Report of the Indian Hemp Drugs Commission, 1894-1895 - Volume VI
Year: 1894
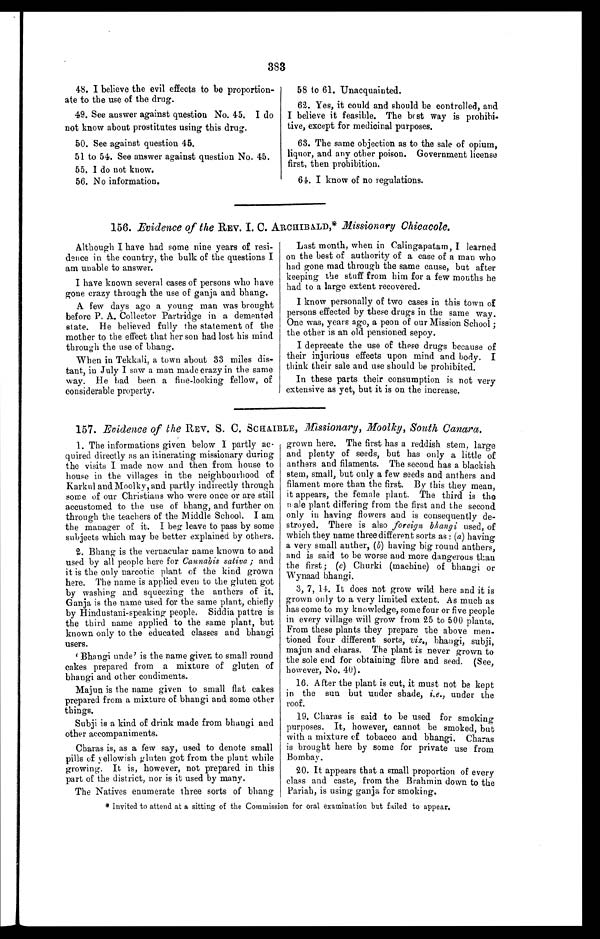
383
48. I believe the evil effects to be proportion-
ate to the use of the drug.
49. See answer against question No. 45. I do
not know about prostitutes using this drug.
50. See against question 45.
51 to 54. See answer against question No. 45.
55. I do not know.
56. No information.
58 to 61. Unacquainted.
62. Yes, it could and should be controlled, and
I believe it feasible. The best way is prohibi-
tive, except for medicinal purposes.
63. The same objection as to the sale of opium,
liquor, and any other poison. Government license
first, then prohibition.
61. I know of no regulations.
156. Evidence of the REV. I. C. ARCHIBALD, * Missionary Chicacole .
Although I have had some nine years of resi-
dence in the country, the bulk of the questions I
am unable to answer.
I have known several cases of persons who have
gone crazy through the use of ganja and bhang.
A few days ago a young man was brought
before P. A. Collector Partridge in a demented
state. He believed fully the statement of the
mother to the effect that her son had lost his mind
through the use of bhang.
When in Tekkali, a town about 33 miles dis-
tant, in July I saw a man made crazy in the same
way. He had been a fine-looking fellow, of
considerable property.
Last month, when in Calingapatam, I learned
on the best of authority of a case of a man who
had gone mad through the same cause, but after
keeping the stuff from him for a few months he
had to a large extent recovered.
I know personally of two cases in this town of
persons effected by these drugs in the same way.
One was, years ago, a peon of our Mission School ;
the other is an old pensioned sepoy.
I deprecate the use of these drugs because of
their injurious effects upon mind and body. I
think their sale and use should be prohibited.
In these parts their consumption is not very
extensive as yet, but it is on the increase.
157. Evidence of the REV. S. C. SCHAIBLE, Missionary, Moolky, South Canara.
1. The informations given below I partly ac-
quired directly as an itinerating missionary during
the visits I made now and then from house to
house in the villages in the neighbourhood of
Karkul and Moolky, and partly indirectly through
some of our Christians who were once or are still
accustomed to the use of bhang, and further on
through the teachers of the Middle School. I am
the manager of it. I beg leave to pass by some
subjects which may be better explained by others.
2. Bhang is the vernacular name known to and
used by all people here for Cannabis sativa ; and
it is the only narcotic plant of the kind grown
here. The name is applied even to the gluten got
by washing and squeezing the anthers of it.
Ganja is the name used for the same plant, chiefly
by Hindustani-speaking people. Siddia pattre is
the third name applied to the same plant, but
known only to the educated classes and bhangi
users.
'Bhangi unde' is the name given to small round
cakes prepared from a mixture of gluten of
bhangi and other condiments.
Majun is the name given to small flat cakes
prepared from a mixture of bhangi and some other
things.
Subji is a kind of drink made from bhangi and
other accompaniments.
Charas is, as a few say, used to denote small
pills of yellowish gluten got from the plant while
growing. It is, however, not prepared in this
part of the district, nor is it used by many.
The Natives enumerate three sorts of bhang
grown here. The first has a reddish stern, large
and plenty of seeds, but has only a little of
anthers and filaments. The second has a blackish
stem, small, but only a few seeds and anthers and
filament more than the first. By this they mean,
it appears, the female plant. The third is the
male plant differing from the first and the second
only in having flowers and is consequently de-
stroyed. There is also foreign bhangi used, of
which they name three different sorts as : ( a ) having
a very small anther, ( b) having big round anthers,
and is said to be worse and more dangerous than
the first; (c) Churki (machine) of bhangi or
Wynaad bhangi.
3, 7, 14. It does not grow wild here and it is
grown only to a very limited extent. As much as
has come to my knowledge, some four or five people
in every village will grow from 25 to 500 plants.
From these plants they prepare the above men-
tioned four different sorts, viz.,
subji,
majun and charas. The plant is never grown to
the sole end for obtaining fibre and seed. (See,
however, No. 40).
16. After the plant is cut, it must not be kept
in the sun but under shade, i.e ., under the
roof.
19. Charas is said to be used for smoking
purposes. It, however, cannot be smoked, but
with a mixture of tobacco and bhangi. Charas
is brought here by some for private use from
Bombay.
20. It appears that a small proportion of every
class and caste, from the Brahmin down to the
Pariah, is using ganja for smoking.
* Invited to attend at a sitting of the Commission for oral examination but failed to appear.